Vaccination in Burma 1920-1933 - 1920-1933
Year: 1920
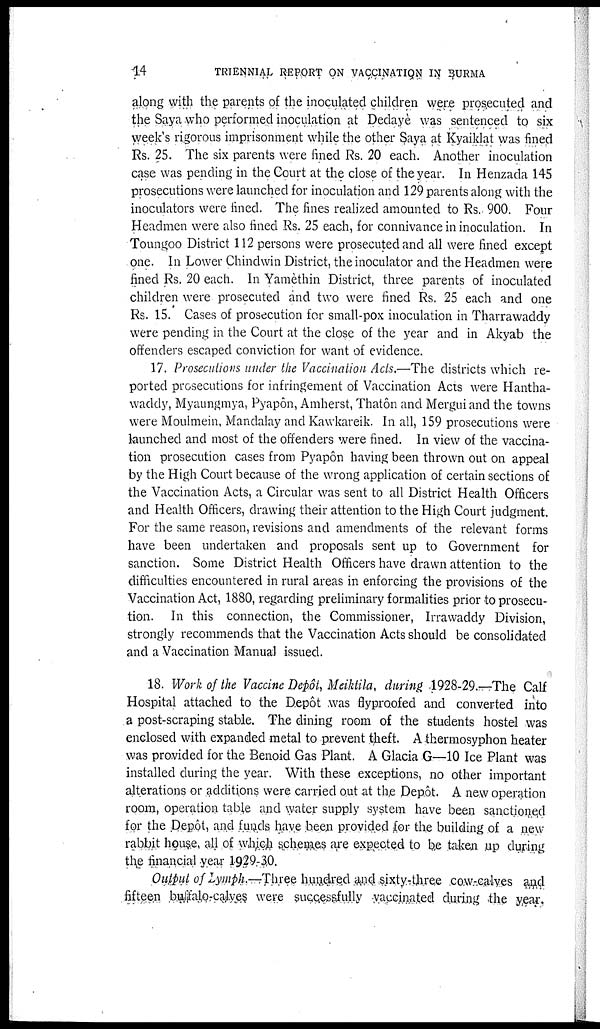
14
TRIENNIAL REPORT ON VACCINATION IN BURMA
along with the parents of the inoculated children were prosecuted and
the Saya who performed inoculation at Dedayè was sentenced to six
week's rigorous imprisonment while the other Saya at Kyaiklat was fined
Rs. 25. The six parents were fined Rs. 20 each. Another inoculation
case was pending in the Court at the close of the year. In Henzada 145
prosecutions were launched for inoculation and 129 parents along with the
inoculators were fined. The fines realized amounted to Rs. 900. Four
Headmen were also fined Rs. 25 each, for connivance in inoculation. In
Toungoo District 112 persons were prosecuted and all were fined except
one. In Lower Chindwin District, the inoculator and the Headmen were
fined Rs. 20 each. In Yamèthin District, three parents of inoculated
children were prosecuted and two were fined Rs. 25 each and one
Rs. 15. Cases of prosecution for small-pox inoculation in Tharrawaddy
were pending in the Court at the close of the year and in Akyab the
offenders escaped conviction for want of evidence.
17. Prosecutions under the Vaccination Acts.—The districts which re-
ported prosecutions for infringement of Vaccination Acts were Hantha-
waddy, Myaungmya, Pyapôn, Amherst, Thatôn and Mergui and the towns
were Moulmein, Mandalay and Kawkareik. In all, 159 prosecutions were
launched and most of the offenders were fined. In view of the vaccina-
tion prosecution cases from Pyapôn having been thrown out on appeal
by the High Court because of the wrong application of certain sections of
the Vaccination Acts, a Circular was sent to all District Health Officers
and Health Officers, drawing their attention to the High Court judgment.
For the same reason, revisions and amendments of the relevant forms
have been undertaken and proposals sent up to Government for
sanction. Some District Health Officers have drawn attention to the
difficulties encountered in rural areas in enforcing the provisions of the
Vaccination Act, 1880, regarding preliminary formalities prior to prosecu-
tion. In this connection, the Commissioner, Irrawaddy Division,
strongly recommends that the Vaccination Acts should be consolidated
and a Vaccination Manual issued.
18. Work of the Vaccine Depôt, Meiktila, during 1928-29.—The Calf
Hospital attached to the Depôt was flyproofed and converted into
a post-scraping stable. The dining room of the students hostel was
enclosed with expanded metal to prevent theft. Athermosyphon heater
was provided for the Benoid Gas Plant. A Glacia G—10 Ice Plant was
installed during the year. With these exceptions, no other important
alterations or additions were carried out at the Depôt. A new operation
room, operation table and water supply system have been sanctioned
for the Depôt, and funds have been provided for the building of a new
rabbit house, all of which schemes are expected to be taken up during
the financial year 1929-30.
Output of Lymph.—Three hundred and sixty-three cow-calves and
fifteen buffalo-calves were successfully vaccinated during the year.